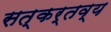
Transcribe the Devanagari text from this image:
सत्कर्तव्य